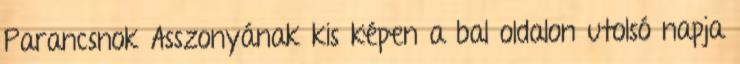
Parancsnok Asszonyának kis képen a bal oldalon utolsó napja